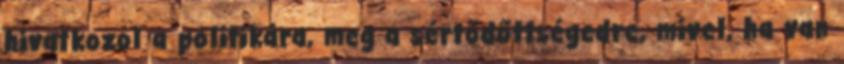
hivatkozol a politikára, meg a sértődőttségedre, mivel, ha van